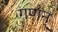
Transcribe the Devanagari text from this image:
गणन्